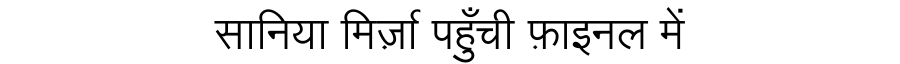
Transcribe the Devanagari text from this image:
सानिया मिर्ज़ा पहुँची फ़ाइनल में